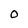
Character: O